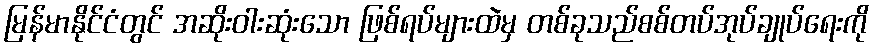
မြန်မာနိုင်ငံတွင် အဆိုးဝါးဆုံးသော ဖြစ်ရပ်များထဲမှ တစ်ခုသည်စစ်တပ်အုပ်ချုပ်ရေးကို